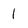
Character: l